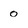
Character: 0